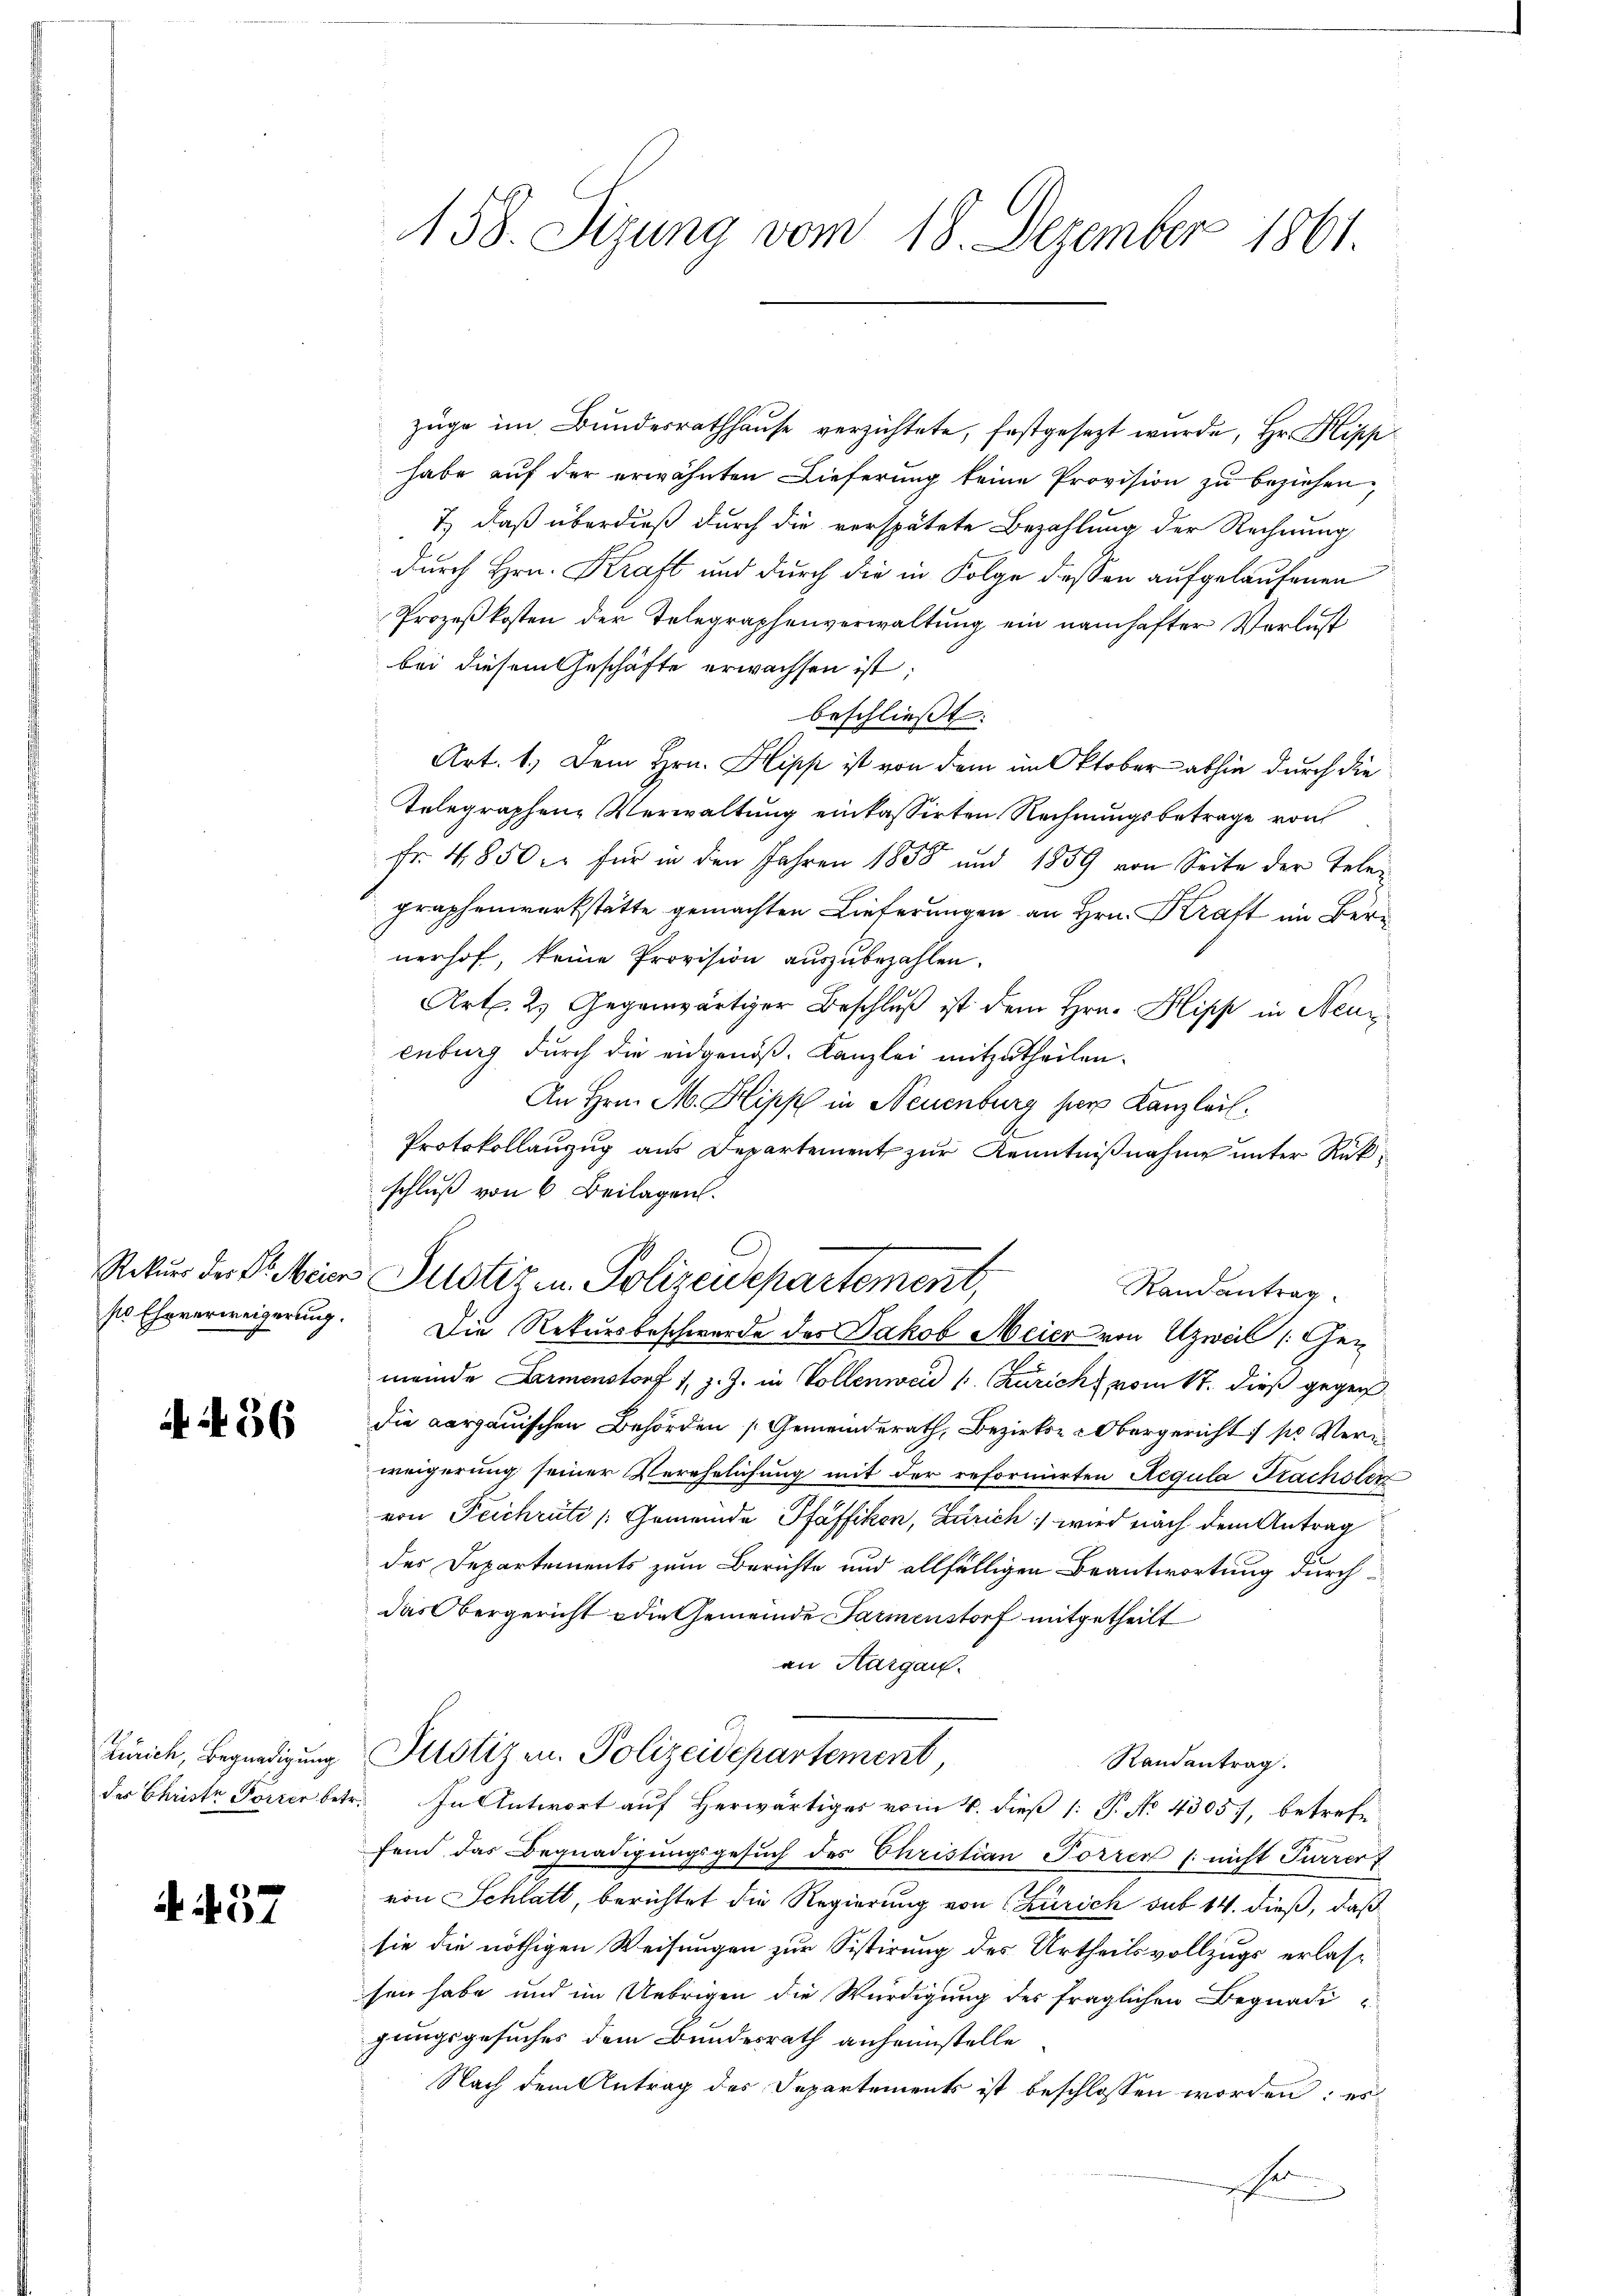
Rekurs der Dr. Meier
ss Eheverweigerung.

4 f 36

des Christe Forrer betr.

A. 457

158. Sizung vom 18. Dezember 1861.

züge im Bundesrathhause verzichtete, festgesezt wurde, Hr. Klipp
habe auf der erwähnten Lieferung keine Provision zu beziehen,
7, daß überdieß durch die verspätete Bezahlung der Rechnung
durch Hrn. Kraft und durch die in Folge dessen aufgelaufenen
Prozeßkosten der Telegraphenverwaltung ein namhafter Verlust
bei diesem Geschäfte erwachsen ist;
beschließt:
Art. 1. Dem Hrn. Hipp ist von dem im Oktober abhin durch die
Telegraphene Verwaltung einkassirten Rechnungsbetrage von
Fr. 4850 er für in den Jahren 1850 und 1859 von Seite der Telen
Fraphenwerkstätte gemachten Lieferungen an Hrn. Kraft im Bern
nerhof, keine Provision auszubezahlen.
Art. 2) Gegenwärtiger Beschluß ist dem Hrn. Klipp in Neue
enburg durch die eidgenöß. Kanzlei mitzutheilen.
An Hrn. M. Hipp in Neuenburg hier Kanzleil.
Protokollauzug aus Departement zur Kenntnißnahme unter Rükschluß von 6 Beilagen.
Justiz in Polizeidepartement,
Randantrag
Die Rekursbeschwerde des Jakob Meier von Uzweil (Gen
meinde Armenstorf 1. J. J. in Vollenweid (: Zürich vom St. dieß gegen
die aargauischen Behörden Gemeinderath, Bezirks- -Obergericht pr Verweigerung seiner Verehelichung mit der reformirten Regula Frachsler
von Feichrüti /: Gemeinde Pfäffikon, Zürich wird nach dem Antrag
der Departements zum Berichte und allfälligen Beantwortung durchdas Obergericht die Gemeinde Farmenstorf mitgetheilt
an Aargau.
Zürich, Begnadigung Plotizen. Polizeidepartement,
Randantrag.
 In Antwort auf Herwärtiges vom 4. dieß [: P. No 4305), betrefe
fend das Begnadigungsgesuch des Christian Forrer /: nicht Furrer f
von Schlatt, berichtet die Regierung von Zürich sub 14. dieß, daß
sie die nöthigen Weisungen zur Sistirung des Urtheilsvollzugs erlassen habe und im Uebrigen die Würdigung des fraglichen Begnadi
gungsgesuches dem Bundesrath anheimstelle
Nach dem Antrag des Departements ist beschlossen worden; es